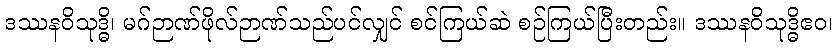
ဒဿနဝိသုဒ္ဓိ၊ မဂ်ဉာဏ်ဖိုလ်ဉာဏ်သည်ပင်လျှင် စင်ကြယ်ဆဲ စဉ်ကြယ်ပြီးတည်း။ ဒဿနဝိသုဒ္ဓိဧဝ၊